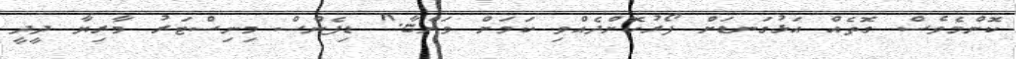
ކޮންމެވެސް ގޮތެއް އަޅުގަނޑަށް ފޯރުކޮށްދެއްވި ކަމަށް ވަންޏާ." ޑިފެންސް މިނިސްޓަރު މާރިޔާ ދީދީ